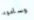
وسأعود